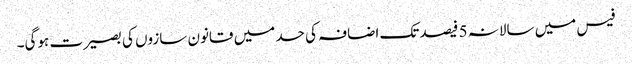
فیس میں سالانہ 5 فیصد تک اضافہ کی حد میں قانون سازوں کی بصیرت ہوگی۔